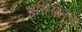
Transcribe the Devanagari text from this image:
भूमिगतच